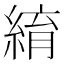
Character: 䋭